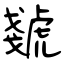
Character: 虦